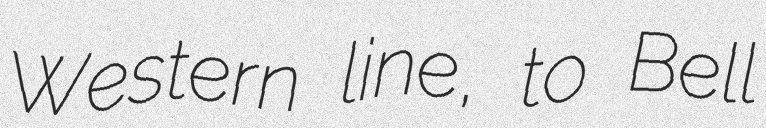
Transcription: Western line, to Bell